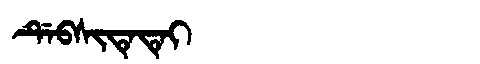
Manchu: ᡩᡝᠪᠰᡳᡨᡝᡨᡝᡳ
Romanization: DEBSITETEI